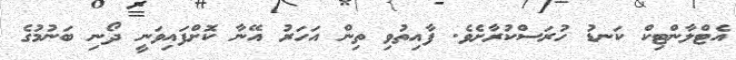
އެޓްލާންޓިކް ކަނޑު ހުރަސްކުރާށެވެ. ފާއިތުވި ތިން އަހަރު އޭނާ ކޮށްފައިވަނީ ދޯނި ބަނުމުގެ